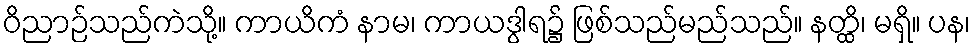
ဝိညာဉ်သည်ကဲသို့။ ကာယိကံ နာမ၊ ကာယဒွါရ၌ ဖြစ်သည်မည်သည်။ နတ္ထိ၊ မရှိ။ ပန၊